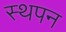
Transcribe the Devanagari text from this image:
स्थपन